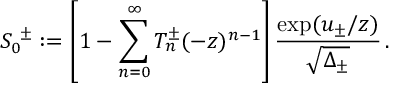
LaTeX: S _ { 0 } ^ { \ \pm } : = \left[ 1 - \sum _ { n = 0 } ^ { \infty } T _ { n } ^ { \pm } ( - z ) ^ { n - 1 } \right] { \frac { \exp ( u _ { \pm } / z ) } { \sqrt { \Delta _ { \pm } } } } \, .